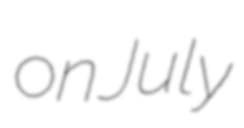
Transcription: on July